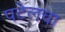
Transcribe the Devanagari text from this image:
पटेलचा